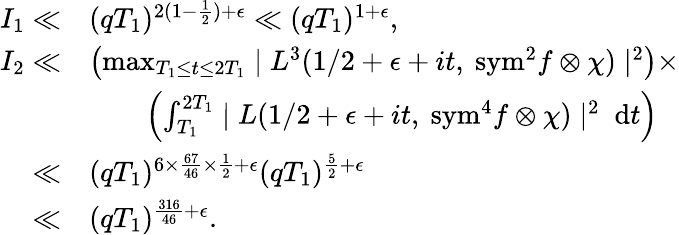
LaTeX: \begin{array}{rl}{I_{1}\ll}&{(qT_{1})^{2(1-\frac{1}{2})+\epsilon}\ll(qT_{1})^{1+\epsilon},}\\ {I_{2}\ll}&{\left(\operatorname*{max}_{T_{1}\leq t\leq 2T_{1}}\mid L^{3}(1/2+\epsilon+it,\ \mathrm{{sym}}^{2}f\otimes\chi)\mid^{2}\right)\times}\\ &{\qquad\left(\int_{T_{1}}^{2T_{1}}\mid L(1/2+\epsilon+it,\ {\mathrm{sym}}^{4}f\otimes\chi)\mid^{2}\ \mathrm{d}t\right)}\\ {\ll}&{(qT_{1})^{6\times\frac{67}{46}\times\frac{1}{2}+\epsilon}(qT_{1})^{\frac{5}{2}+\epsilon}}\\ {\ll}&{(qT_{1})^{\frac{316}{46}+\epsilon}.}\end{array}